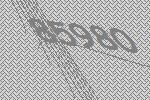
85980